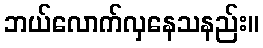
ဘယ်လောက်လှနေသနည်း။